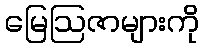
မြေဩဇာများကို